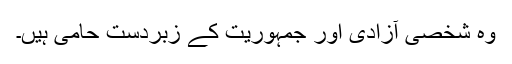
وہ شخصی آزادی اور جمہوریت کے زبردست حامی ہیں۔